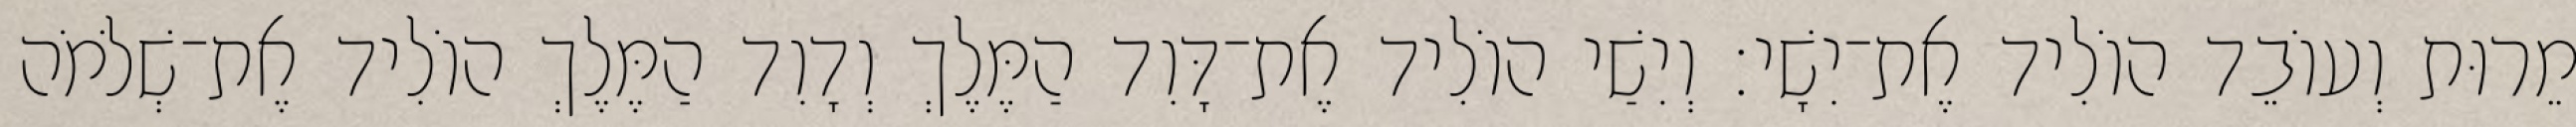
מֵרוּת וְעוֹבֵד הוֹלִיד אֶת־יִשָׁי׃ וְיִשַׁי הוֹלִיד אֶת־דָּוִד הַמֶּלֶךְ וְדָוִד הַמֶּלֶךְ הוֹלִיד אֶת־שְׁלֹמֹה